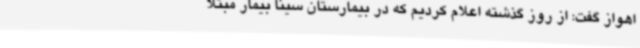
اهواز گفت: از روز گذشته اعلام کردیم که در بیمارستان سینا بیمار مبتلا